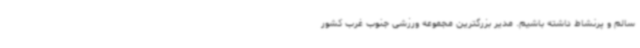
سالم و پرنشاط داشته باشیم. مدیر بزرگترین مجموعه ورزشی جنوب غرب کشور